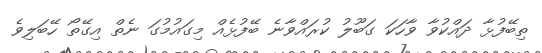
ތިބޭފުޅާ ދައްކުވާ ވާހަކަ ގަބޫލު ކުރައްވާނެ ބޭފުޅެއް މިގައުމުގަ ނެތް އިގޭތޯ ހޭބަލިވެ